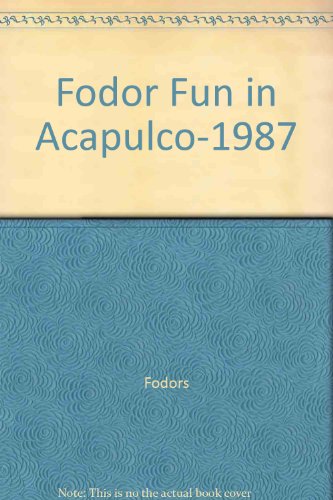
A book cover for Fodor's Fun in Acapulco  1987; Fodor's; Travel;